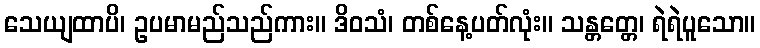
သေယျထာပိ၊ ဥပမာမည်သည်ကား။ ဒိဝသံ၊ တစ်နေ့ပတ်လုံး။ သန္တတ္တေ၊ ရဲရဲပူသော။